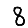
Digit: 8